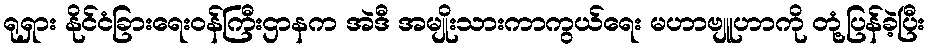
ရုရှား နိုင်ငံခြားရေးဝန်ကြီးဌာနက အဲဒီ အမျိုးသားကာကွယ်ရေး မဟာဗျူဟာကို တုံ့ပြန်ခဲ့ပြီး